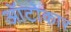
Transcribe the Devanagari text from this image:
ऑटोकार